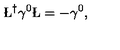
\L ^ { \dagger } \gamma ^ { 0 } \L = - \gamma ^ { 0 } ,